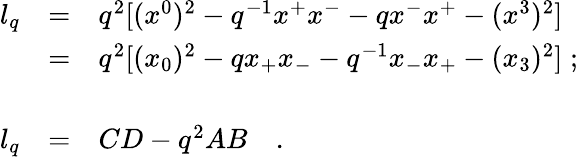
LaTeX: \begin{array}{lll}{{l_{q}}}&{{=}}&{{q^{2}[(x^{0})^{2}-q^{-1}x^{+}x^{-}-qx^{-}x^{+}-(x^{3})^{2}]}}\\ {{\, }}&{{=}}&{{q^{2}[(x_{0})^{2}-qx_{+}x_{-}-q^{-1}x_{-}x_{+}-(x_{3})^{2}]\; ;}}\\ {{\, }}&{{\, }}&{{\, }}\\ {{l_{q}}}&{{=}}&{{CD-q^{2}AB\quad.}}\end{array}